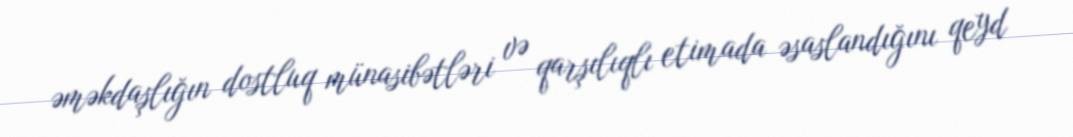
əməkdaşlığın dostluq münasibətləri və qarşılıqlı etimada əsaslandığını qeyd